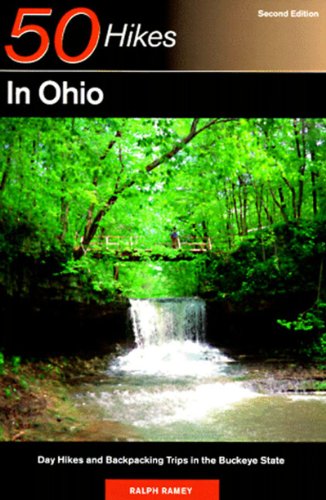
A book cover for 50 Hikes in Ohio: Day Hikes and Backpacks Throughout the Buckeye State (Fifty Hikes Series); Ralph Ramey; Travel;